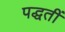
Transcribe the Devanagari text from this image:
पद्धतीं